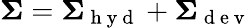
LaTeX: \mathbf{\Sigma}=\mathbf{\Sigma}_{\mathrm{~h~y~d~}}+\mathbf{\Sigma}_{\mathrm{~d~e~v~}}